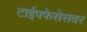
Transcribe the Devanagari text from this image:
टाईपफेसेसवर